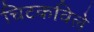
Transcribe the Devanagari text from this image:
चिटकविले